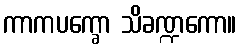
ကာကပက္ခော သိခဏ္ဍကော။